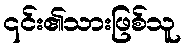
၎င်း၏သားဖြစ်သူ